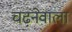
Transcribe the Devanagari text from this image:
चढ़नेवाला